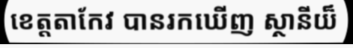
ខេត្តតាកែវ បានរកឃើញ ស្ថានីយ៏